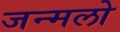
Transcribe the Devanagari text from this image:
जन्मलो